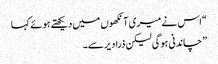
“اس نے میری آ نکھوں میں دیکھتے ہوئے کہا
” چاندنی ہوگی لیکن ذرا دیر سے۔